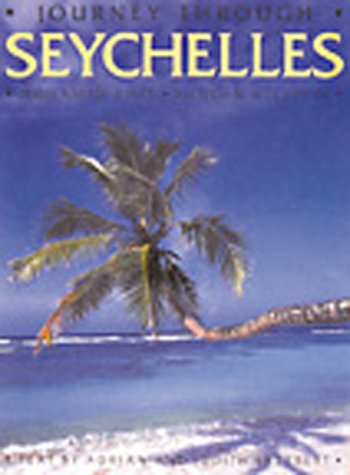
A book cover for Journey Through Seychelles; Mohamed Amin; Travel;